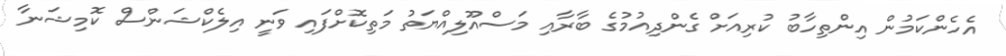
އެހެންކަމުން އިންތިހާބު ކުރިއަށް ގެންދިއުމުގެ ބާރާއި މަސްއޫލިއްޔަތު މަތިކޮށްފައި ވަނީ އިލެކްޝަންސް ކޮމިޝަނާ